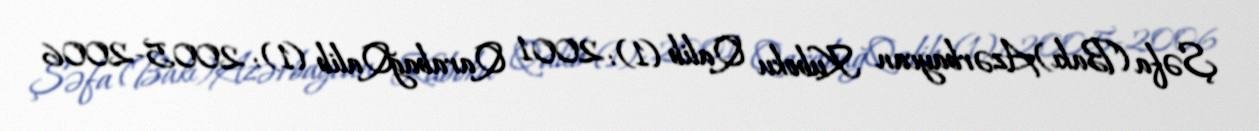
Şəfa (Bakı)Azərbaycan Kuboku Qalib (1): 2001 QarabağQalib (1): 2005-2006